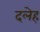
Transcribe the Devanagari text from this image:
दलेह